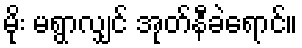
မိုး မရွာလျှင် အုတ်နီခဲရောင်။